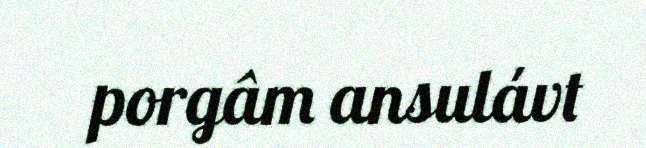
porgâm ansulávt